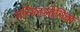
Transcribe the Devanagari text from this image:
गन्ग्लिओनिक